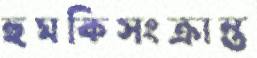
হুমকিসংক্রান্ত